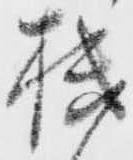
機